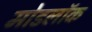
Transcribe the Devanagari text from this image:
मोडलॉक